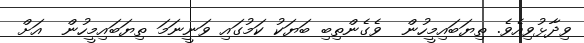
ވިދާޅުވިއެވެ. ތިޔަބައިމީހުން  ވެގެންތިބި ބަޔަކު ކަމުގައި ވަނީނަމަ ތިޔަބައިމީހުން  އަށް